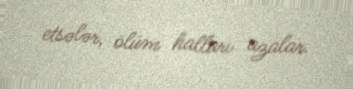
etsələr, ölüm halları azalar.